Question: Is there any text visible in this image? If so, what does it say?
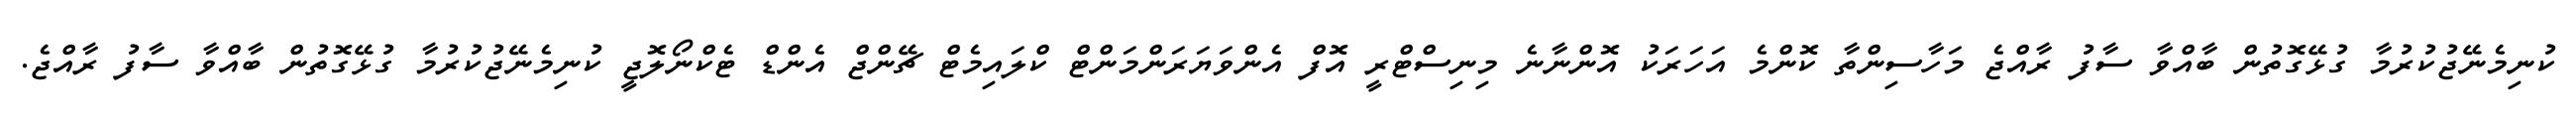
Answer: ކުނިމެނޭޖުކުރުމާ ގުޅޭގޮތުން ބާއްވާ ސާފު ރާއްޖެ މަހާސިންތާ ކޮންމެ އަހަރަކު އޮންނާނެ މިނިސްޓްރީ އޮފް އެންވަޔަރަންމަންޓް ކްލައިމެޓް ޗޭންޖް އެންޑް ޓެކްނޯލޮޖީ ކުނިމެނޭޖުކުރުމާ ގުޅޭގޮތުން ބާއްވާ ސާފު ރާއްޖެ.